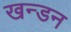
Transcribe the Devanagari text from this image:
खन्डन